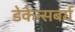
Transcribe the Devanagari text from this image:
डेकेन्सबर्ग